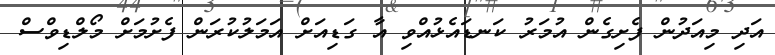
އަދި މިއަދުން ފެށިގެން އުމަރު ކަނޑައެޅުއްވި އާ ގަޑިއަށް އަމަލުކުރަން ފެށުމަށް މޯލްޑިވްސް